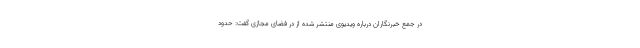
در جمع خبرنگاران درباره ویدیوی منتشر شده از در فضای مجازی گفت: حدود